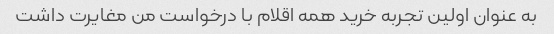
به عنوان اولین تجربه خرید همه اقلام با درخواست من مغایرت داشت